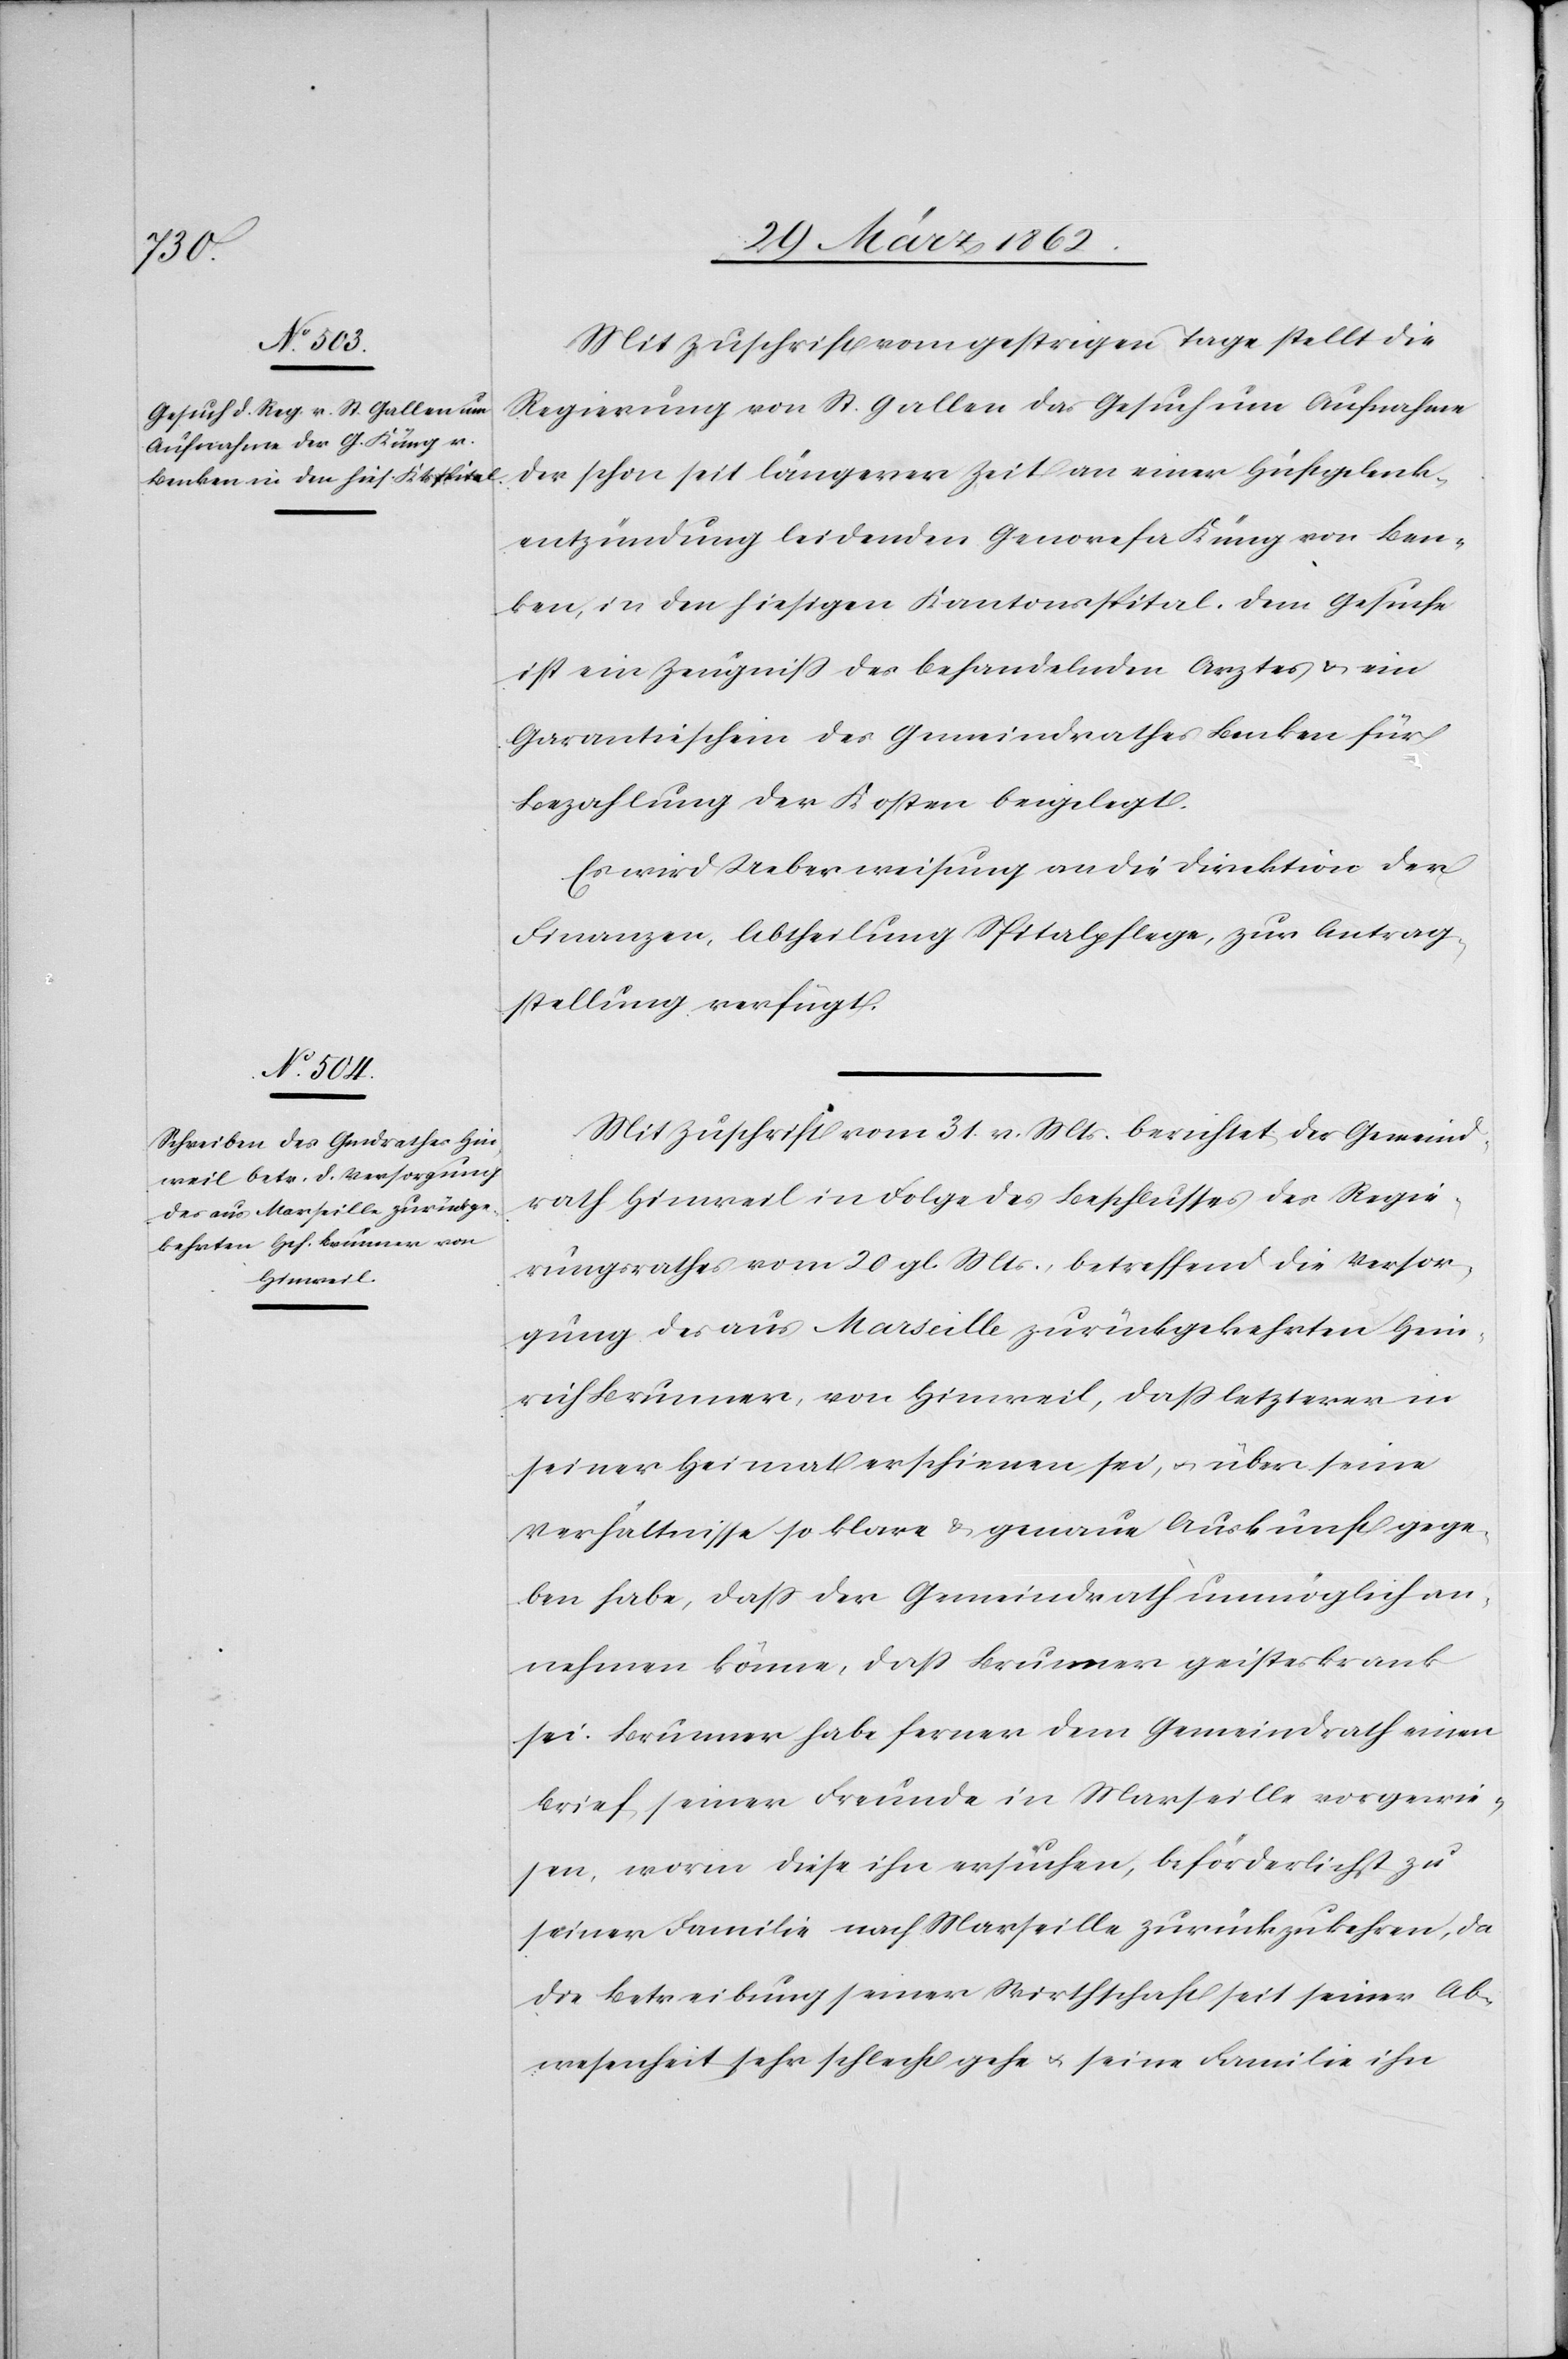
2t.

Mit Zuschrift vom gestrigen Tage stellt die
Regierung von St. Gallen das Gesuch um Aufnahme
der schon seit längerer Zeit an einer Hüftgelenk¬
entzündung leidenden Genovefa Küng von Ben¬
ken, in den hiesigen Kantonsspital. Dem Gesuch
ist ein Zeugniß des behandelnden Arztes & ein
Garantieschein des Gemeindrathes Benken für
Bezahlung der Kosten beigelegt.
Es wird Ueberweisung an die Direktion der
Finanzen, Abtheilung Spitalpflege, zur Antrag¬
stellung verfügt.
Mit Zuschrift vom 31. v. Mts. berichtet der Gemeind¬
rath Hinweil in Folge des Beschlusses des Regie¬
rungsrathes vom 20 gl. Mts., betreffend die Versor¬
gung des aus Marseille zurückgekehrten Hein¬
rich Brunner, von Hinweil, daß letzterer in
seiner Heimat erschienen sei, u. über seine
Verhältnisse so klare & genaue Auskunft gege¬
ben habe, daß der Gemeindrath unmöglich an¬
nehmen könne, daß Brunner geisteskrank
sei. Brunner habe ferner dem Gemeindrath einen
Brief seiner Freunde in Marseille vorgewie¬
sen, worin diese ihn ersuchen, beförderlichst zu
seiner Familie nach Marseille zurückzukehren, da
die Betreibung seiner Wirthschaft seit seiner Ab¬
wesenheit sehr schlecht gehe u. seine Familie ihn